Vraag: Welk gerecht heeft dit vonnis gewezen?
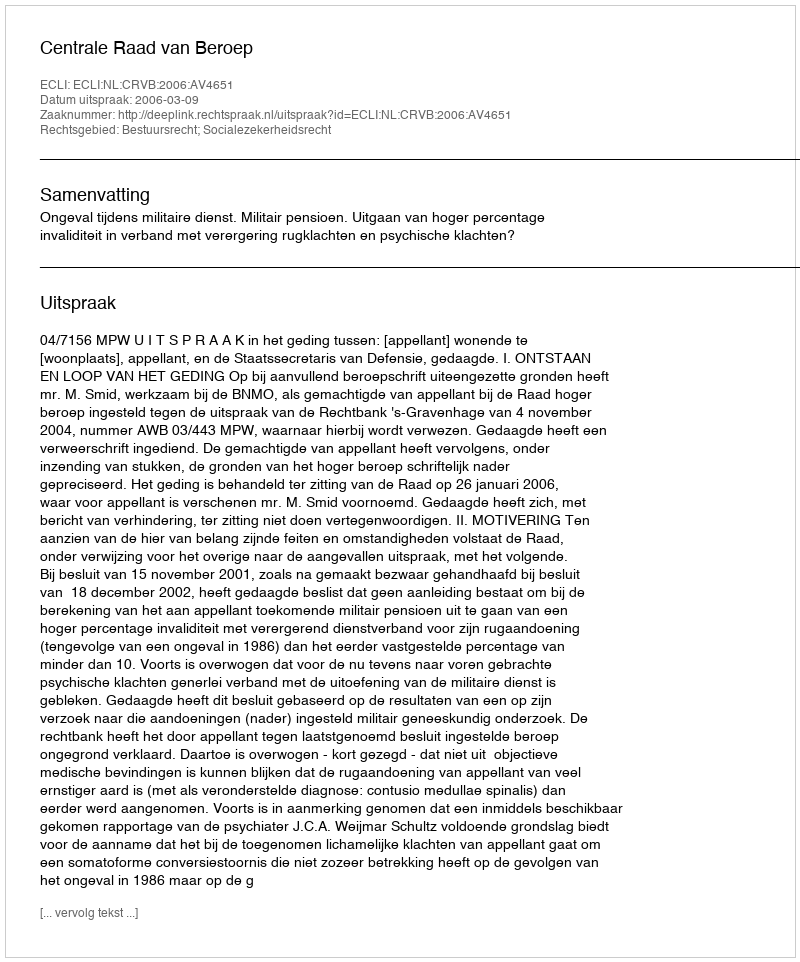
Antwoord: Centrale Raad van Beroep